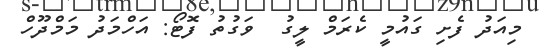
މިއަދު ފެށި ގައުމީ ކެރަމް ލީގު  ވަގުތު ފޮޓޯ: އަހްމަދު މަމްދޫހް